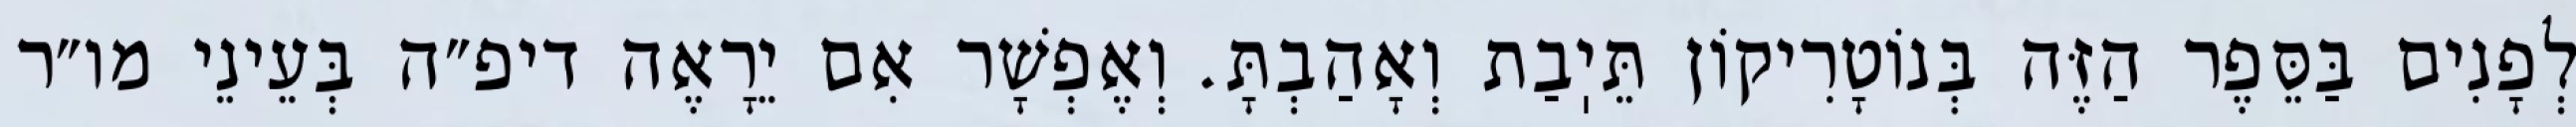
לְפָנִים בַּסֵּפֶר הַזֶּה בְּנוֹטָרִיקוֹן תֵּיֽבַת וְאָהַבְתָּ. וְאֶפְשָׁר אִם יֵרָאֶה דיפ״ה בְּעֵינֵי מו״ר